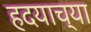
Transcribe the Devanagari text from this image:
हदयाच्या